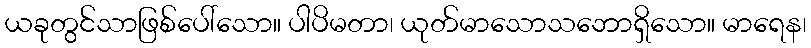
ယခုတွင်သာဖြစ်ပေါ်သော။ ပါပိမတာ၊ ယုတ်မာသောသဘောရှိသော။ မာရေန၊